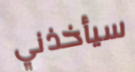
سيأخذني